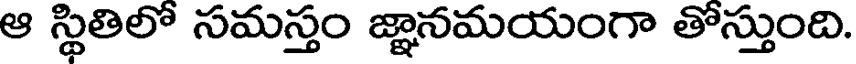
ఆ స్థితిలో సమస్తం జ్ఞానమయంగా తోస్తుంది.